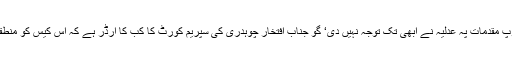
اصغر خان کیس جیسے توپ مقدمات پہ عدلیہ نے ابھی تک توجہ نہیں دی‘ گو جناب افتخار چوہدری کی سپریم کورٹ کا کب کا آرڈر ہے کہ اس کیس کو منطقی انجام تک پہنچایا جائے۔